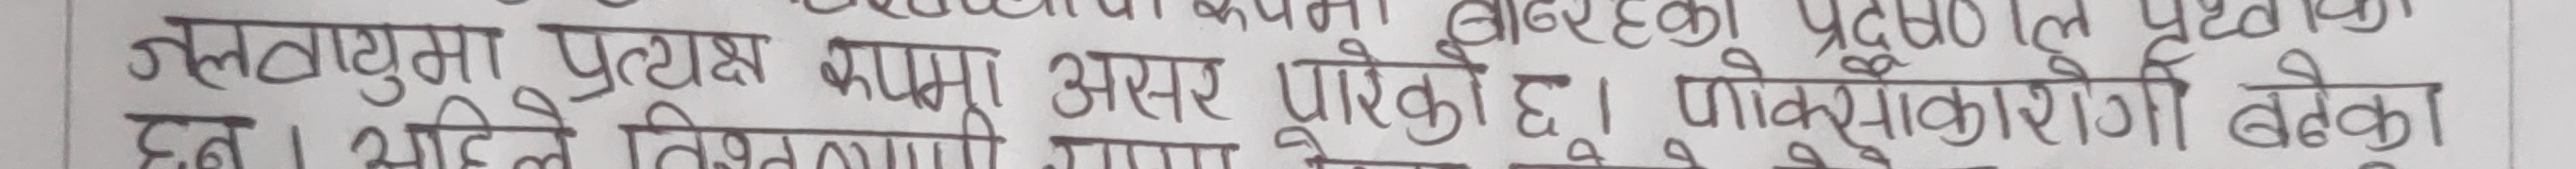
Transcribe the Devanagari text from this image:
का प्रदा
जलवायुमा प्रत्यक्ष रुपमा असर पारेको छ । फोक्सोकारोर्गी बढेका
छन । अहिले विश्व